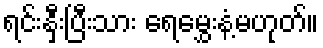
ရင်းနှီးပြီးသား ရေမွှေးနံ့မဟုတ်။